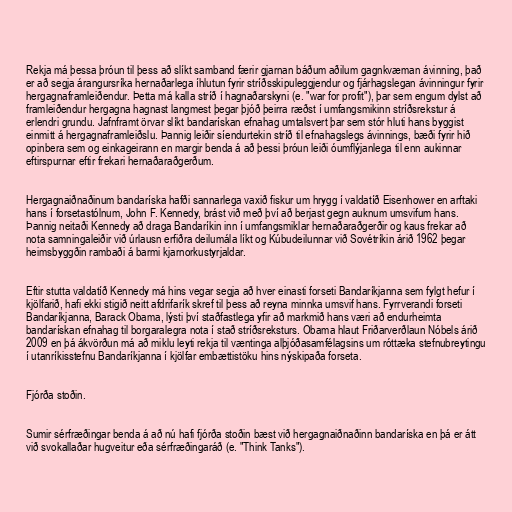
Rekja má þessa þróun til þess að slíkt samband færir gjarnan báðum aðilum gagnkvæman ávinning, það
er að segja árangursríka hernaðarlega íhlutun fyrir stríðsskipuleggjendur og fjárhagslegan ávinningur fyrir
hergagnaframleiðendur. Þetta má kalla stríð í hagnaðarskyni (e. "war for profit"), þar sem engum dylst að
framleiðendur hergagna hagnast langmest þegar þjóð þeirra ræðst í umfangsmikinn stríðsrekstur á
erlendri grundu. Jafnframt örvar slíkt bandarískan efnahag umtalsvert þar sem stór hluti hans byggist
einmitt á hergagnaframleiðslu. Þannig leiðir síendurtekin stríð til efnahagslegs ávinnings, bæði fyrir hið
opinbera sem og einkageirann en margir benda á að þessi þróun leiði óumflýjanlega til enn aukinnar
eftirspurnar eftir frekari hernaðaraðgerðum.

Hergagnaiðnaðinum bandaríska hafði sannarlega vaxið fiskur um hrygg í valdatíð Eisenhower en arftaki
hans í forsetastólnum, John F. Kennedy, brást við með því að berjast gegn auknum umsvifum hans.
Þannig neitaði Kennedy að draga Bandaríkin inn í umfangsmiklar hernaðaraðgerðir og kaus frekar að
nota samningaleiðir við úrlausn erfiðra deilumála líkt og Kúbudeilunnar við Sovétríkin árið 1962 þegar
heimsbyggðin rambaði á barmi kjarnorkustyrjaldar.

Eftir stutta valdatíð Kennedy má hins vegar segja að hver einasti forseti Bandaríkjanna sem fylgt hefur í
kjölfarið, hafi ekki stigið neitt afdrifarík skref til þess að reyna minnka umsvif hans. Fyrrverandi forseti
Bandaríkjanna, Barack Obama, lýsti því staðfastlega yfir að markmið hans væri að endurheimta
bandarískan efnahag til borgaralegra nota í stað stríðsreksturs. Obama hlaut Friðarverðlaun Nóbels árið
2009 en þá ákvörðun má að miklu leyti rekja til væntinga alþjóðasamfélagsins um róttæka stefnubreytingu
í utanríkisstefnu Bandaríkjanna í kjölfar embættistöku hins nýskipaða forseta.

Fjórða stoðin.

Sumir sérfræðingar benda á að nú hafi fjórða stoðin bæst við hergagnaiðnaðinn bandaríska en þá er átt
við svokallaðar hugveitur eða sérfræðingaráð (e. "Think Tanks").